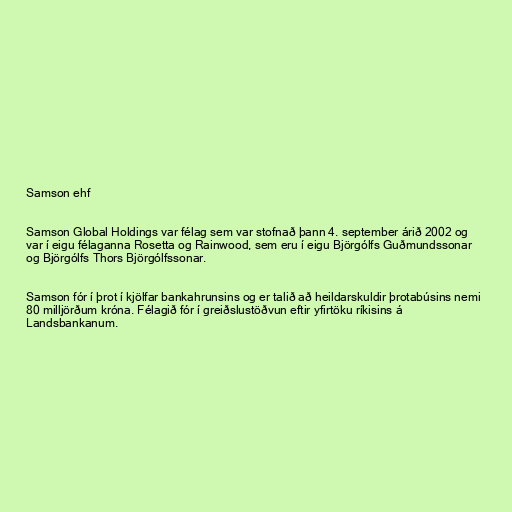
Samson ehf

Samson Global Holdings var félag sem var stofnað þann 4. september árið 2002 og
var í eigu félaganna Rosetta og Rainwood, sem eru í eigu Björgólfs Guðmundssonar
og Björgólfs Thors Björgólfssonar.

Samson fór í þrot í kjölfar bankahrunsins og er talið að heildarskuldir þrotabúsins nemi
80 milljörðum króna. Félagið fór í greiðslustöðvun eftir yfirtöku ríkisins á
Landsbankanum.